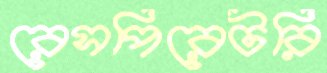
রেসপিরেটরি